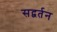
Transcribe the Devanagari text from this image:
सद्वर्तन